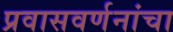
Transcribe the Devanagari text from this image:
प्रवासवर्णनांचा